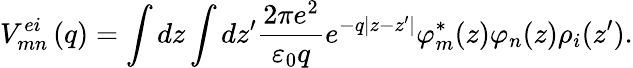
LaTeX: V_{mn}^{ei}\left(q\right)=\int{dz\int{dz{'}\frac{2\pi e^{2}}{{\varepsilon}_{0}q}e^{-q\left|z-z{'}\right|}{\varphi}_{m}^{*}(z)}{\varphi}_{n}(z){\rho}_{i}(z{'})}.